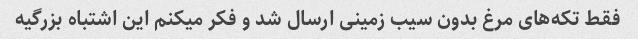
فقط تکه‌های مرغ بدون سیب زمینی ارسال شد و فکر میکنم این اشتباه بزرگیه